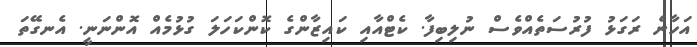
އަހާނެ ރަގަޅު ފުރުސަތެއްވެސް ނުލިބިފާ. ކެޓްއާއި ކައިޒާންގެ ކޮންކަހަލަ ގުޅުމެއް އޮންނަނީ. އެނގޭތަ